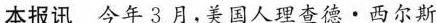
本报讯今年3月，美国人理查德·西尔斯